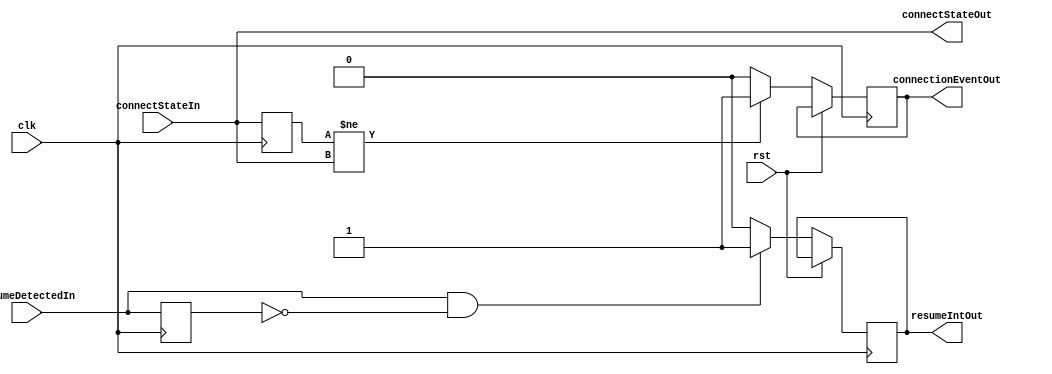
module rxStatusMonitor(
	input		[1:0]	connectStateIn,
	input				resumeDetectedIn,
	input				clk,
	input				rst,
	output	reg			connectionEventOut,
	output		[1:0]	connectStateOut,
	output	reg			resumeIntOut
);

	reg		[1:0]	oldConnectState;
	reg				oldResumeDetected;

	assign connectStateOut = connectStateIn;

	always@(posedge clk) begin
		if(rst) begin
			oldConnectState <= connectStateIn;
			oldResumeDetected <= resumeDetectedIn; end
		else begin
			oldConnectState <= connectStateIn;
			oldResumeDetected <= resumeDetectedIn;
			if(oldConnectState!=connectStateIn)	connectionEventOut <= 1'b1;
			else								connectionEventOut <= 1'b0;
			if(resumeDetectedIn&~oldResumeDetected)	resumeIntOut <= 1'b1;
			else									resumeIntOut <= 1'b0;
		end
	end

endmodule